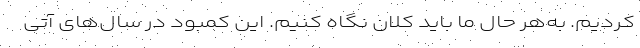
کردیم. به‌هر حال ما باید کلان نگاه کنیم. این کمبود در سال‌های آتی